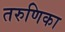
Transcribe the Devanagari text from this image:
तरुणिका